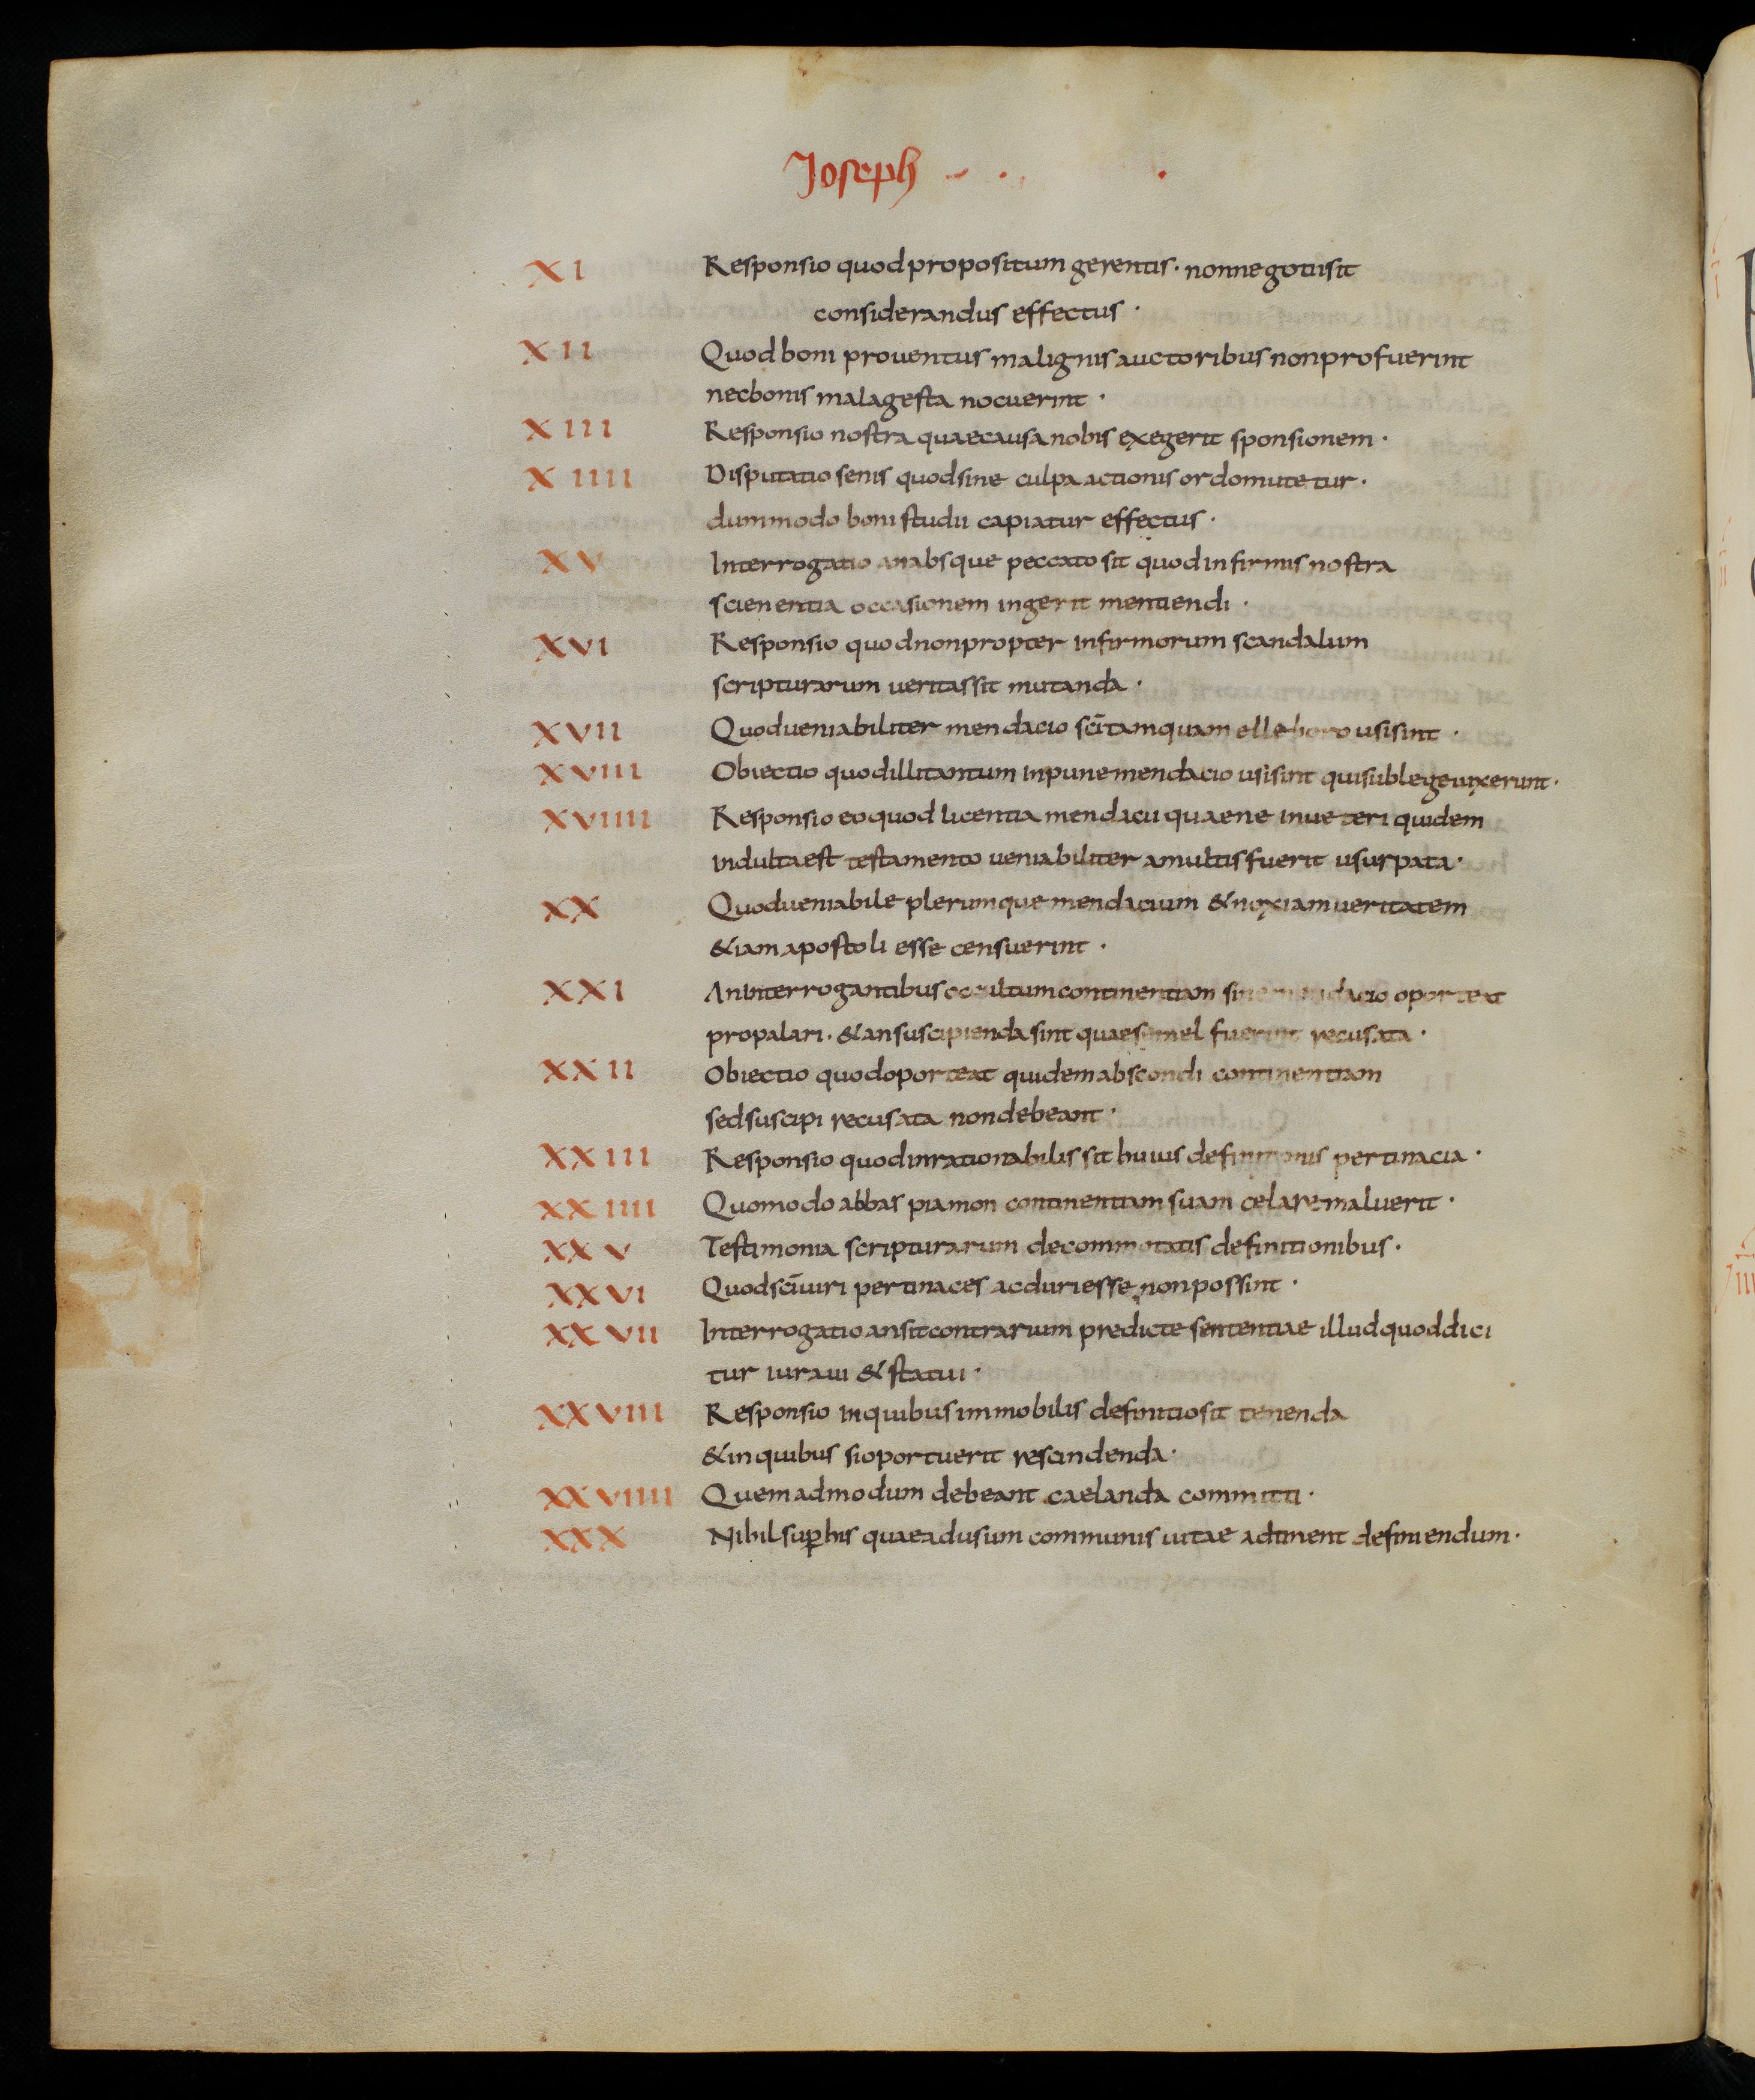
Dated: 833–865